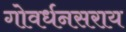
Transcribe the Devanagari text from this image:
गोवर्धनसराय